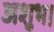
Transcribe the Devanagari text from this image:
अशुभ।